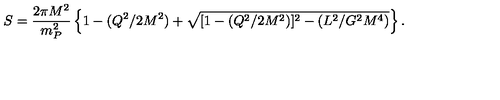
S = { \frac { 2 \pi M ^ { 2 } } { m _ { P } ^ { 2 } } } \left\{ 1 - ( Q ^ { 2 } / 2 M ^ { 2 } ) + \sqrt { [ 1 - ( Q ^ { 2 } / 2 M ^ { 2 } ) ] ^ { 2 } - ( L ^ { 2 } / G ^ { 2 } M ^ { 4 } ) } \right\} .